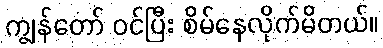
ကျွန်တော် ဝင်ပြီး စိမ်နေလိုက်မိတယ်။